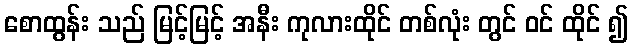
စောထွန်း သည် မြင့်မြင့် အနီး ကုလားထိုင် တစ်လုံး တွင် ဝင် ထိုင် ၍